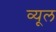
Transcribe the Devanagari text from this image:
व्यूल